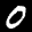
Label: 0